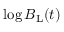
\log { B _ { \mathrm { L } } ( t ) }